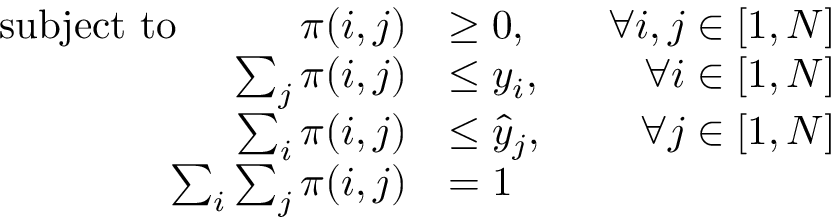
\begin{array} { r l r } { \mathrm { s u b j e c t ~ t o } ~ ~ ~ ~ ~ ~ ~ ~ ~ \pi ( i , j ) } & { \geq 0 , ~ ~ ~ } & { \forall i , j \in [ 1 , N ] } \\ { \sum _ { j } \pi ( i , j ) } & { \leq y _ { i } , ~ ~ } & { \forall i \in [ 1 , N ] } \\ { \sum _ { i } \pi ( i , j ) } & { \leq \hat { y } _ { j } , ~ ~ } & { \forall j \in [ 1 , N ] } \\ { \sum _ { i } \sum _ { j } \pi ( i , j ) } & { = 1 ~ ~ } & \end{array}